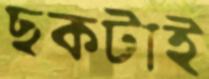
ছকটাই